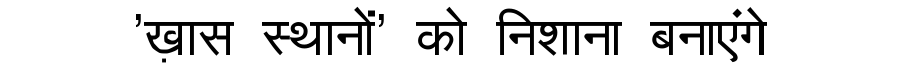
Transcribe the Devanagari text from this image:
'ख़ास स्थानों' को निशाना बनाएंगे